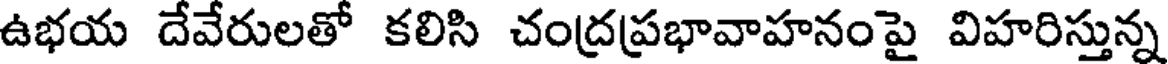
ఉభయ దేవేరులతో కలిసి చంద్రప్రభావాహనంపై విహరిస్తున్న